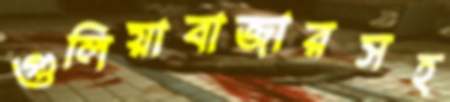
গুলিয়াবাজারসহ